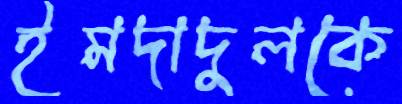
ইমদাদুলকে